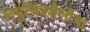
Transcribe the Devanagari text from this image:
लघुचित्रशैलीचा